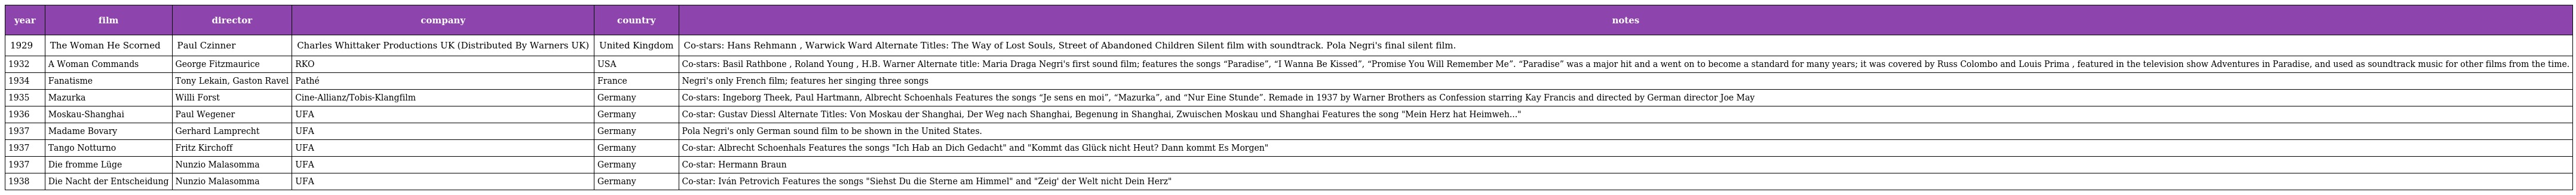
| year | film | director | company | country | notes |
 | --- | --- | --- | --- | --- | --- |
 | 1929 | The Woman He Scorned | Paul Czinner | Charles Whittaker Productions UK (Distributed By Warners UK) | United Kingdom | Co-stars: Hans Rehmann , Warwick Ward Alternate Titles: The Way of Lost Souls, Street of Abandoned Children Silent film with soundtrack. Pola Negri's final silent film. |
 | 1932 | A Woman Commands | George Fitzmaurice | RKO | USA | Co-stars: Basil Rathbone , Roland Young , H.B. Warner Alternate title: Maria Draga Negri's first sound film; features the songs “Paradise”, “I Wanna Be Kissed”, “Promise You Will Remember Me”. “Paradise” was a major hit and a went on to become a standard for many years; it was covered by Russ Colombo and Louis Prima , featured in the television show Adventures in Paradise, and used as soundtrack music for other films from the time. |
 | 1934 | Fanatisme | Tony Lekain, Gaston Ravel | Pathé | France | Negri's only French film; features her singing three songs |
 | 1935 | Mazurka | Willi Forst | Cine-Allianz/Tobis-Klangfilm | Germany | Co-stars: Ingeborg Theek, Paul Hartmann, Albrecht Schoenhals Features the songs “Je sens en moi”, “Mazurka”, and “Nur Eine Stunde”. Remade in 1937 by Warner Brothers as Confession starring Kay Francis and directed by German director Joe May |
 | 1936 | Moskau-Shanghai | Paul Wegener | UFA | Germany | Co-star: Gustav Diessl Alternate Titles: Von Moskau der Shanghai, Der Weg nach Shanghai, Begenung in Shanghai, Zwuischen Moskau und Shanghai Features the song "Mein Herz hat Heimweh..." |
 | 1937 | Madame Bovary | Gerhard Lamprecht | UFA | Germany | Pola Negri's only German sound film to be shown in the United States. |
 | 1937 | Tango Notturno | Fritz Kirchoff | UFA | Germany | Co-star: Albrecht Schoenhals Features the songs "Ich Hab an Dich Gedacht" and "Kommt das Glück nicht Heut? Dann kommt Es Morgen" |
 | 1937 | Die fromme Lüge | Nunzio Malasomma | UFA | Germany | Co-star: Hermann Braun |
 | 1938 | Die Nacht der Entscheidung | Nunzio Malasomma | UFA | Germany | Co-star: Iván Petrovich Features the songs "Siehst Du die Sterne am Himmel" and "Zeig' der Welt nicht Dein Herz" |